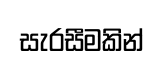
සැරසීමකින්